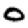
Digit: 0